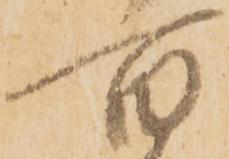
百